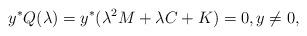
LaTeX: \begin{align*}y^{*}Q(\lambda)=y^{*}(\lambda^{2}M+\lambda C+K)=0,y\neq 0,\end{align*}